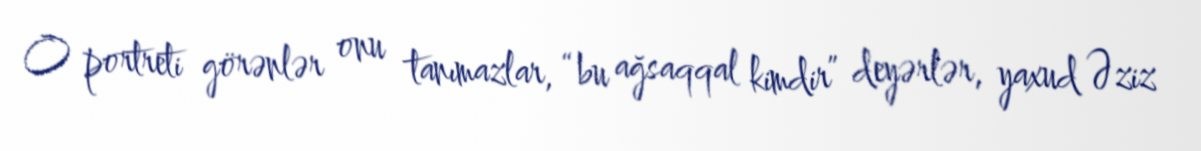
O portreti görənlər onu tanımazlar, “bu ağsaqqal kimdir” deyərlər, yaxud Əziz